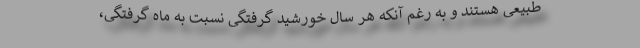
طبیعی هستند و به رغم آنکه هر سال خورشید گرفتگی نسبت به ماه گرفتگی،